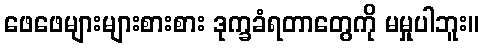
ဖေဖေများများစားစား ဒုက္ခခံရတာတွေကို မမှုပါဘူး။